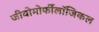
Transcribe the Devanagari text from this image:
जीवोमोर्फीलॉजिकल